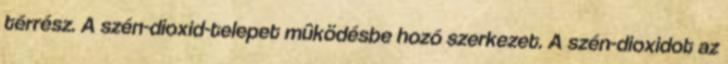
térrész. A szén-dioxid-telepet mûködésbe hozó szerkezet. A szén-dioxidot az